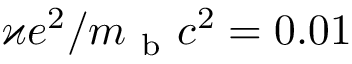
\varkappa e ^ { 2 } / m _ { \mathrm { ~ b ~ } } c ^ { 2 } = 0 . 0 1